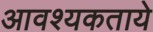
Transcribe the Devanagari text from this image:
आवश्यकताये